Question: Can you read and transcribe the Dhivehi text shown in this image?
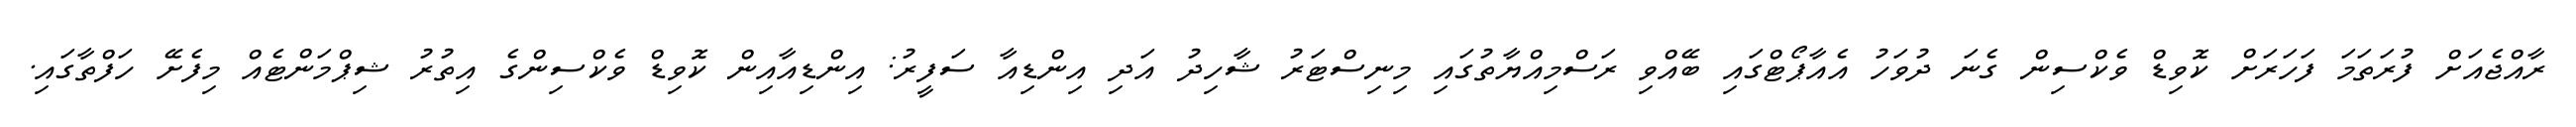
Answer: ރާއްޖެއަށް ފުރަތަމަ ފަހަރަށް ކޮވިޑް ވެކްސިން ގެނަ ދުވަހު އެއާޕޯޓްގައި ބޭއްވި ރަސްމިއްޔާތުގައި މިނިސްޓަރު ޝާހިދު އަދި އިންޑިއާ ސަފީރު: އިންޑިއާއިން ކޮވިޑް ވެކްސިންގެ އިތުރު ޝިޕްމަންޓެއް މިފެށޭ ހަފްތާގައި.